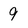
Character: 9